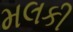
મલકી